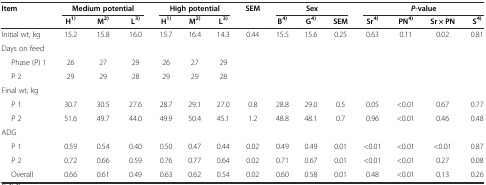
<table><thead><tr><td rowspan="2"><b>Item</b></td><td colspan="3"><b>Medium potential</b></td><td colspan="3"><b>High potential</b></td><td rowspan="2"><b>SEM</b></td><td colspan="3"><b>Sex</b></td><td colspan="4"><b><i>P</i>-value</b></td></tr><tr><td><b>H<sup>1)</sup></b></td><td><b>M<sup>2)</sup></b></td><td><b>L<sup>3)</sup></b></td><td><b>H<sup>1)</sup></b></td><td><b>M<sup>2)</sup></b></td><td><b>L<sup>3)</sup></b></td><td><b>B<sup>4)</sup></b></td><td><b>G<sup>4)</sup></b></td><td><b>SEM</b></td><td><b>Sr<sup>4)</sup></b></td><td><b>PN<sup>4)</sup></b></td><td><b>Sr × PN</b></td><td><b>S<sup>4)</sup></b></td></tr></thead><tbody><tr><td>Initial wt, kg</td><td>15.2</td><td>15.8</td><td>16.0</td><td>15.7</td><td>16.4</td><td>14.3</td><td>0.44</td><td>15.5</td><td>15.6</td><td>0.25</td><td>0.63</td><td>0.11</td><td>0.02</td><td>0.81</td></tr><tr><td>Days on feed</td><td></td><td></td><td></td><td></td><td></td><td></td><td></td><td></td><td></td><td></td><td></td><td></td><td></td><td></td></tr><tr><td>Phase (P) 1</td><td>26</td><td>27</td><td>29</td><td>26</td><td>27</td><td>29</td><td></td><td></td><td></td><td></td><td></td><td></td><td></td><td></td></tr><tr><td>P 2</td><td>29</td><td>29</td><td>28</td><td>29</td><td>29</td><td>28</td><td></td><td></td><td></td><td></td><td></td><td></td><td></td><td></td></tr><tr><td>Final wt, kg</td><td></td><td></td><td></td><td></td><td></td><td></td><td></td><td></td><td></td><td></td><td></td><td></td><td></td><td></td></tr><tr><td>P 1</td><td>30.7</td><td>30.5</td><td>27.6</td><td>28.7</td><td>29.1</td><td>27.0</td><td>0.8</td><td>28.8</td><td>29.0</td><td>0.5</td><td>0.05</td><td>&lt;0.01</td><td>0.67</td><td>0.77</td></tr><tr><td>P 2</td><td>51.6</td><td>49.7</td><td>44.0</td><td>49.9</td><td>50.4</td><td>45.1</td><td>1.2</td><td>48.8</td><td>48.1</td><td>0.7</td><td>0.96</td><td>&lt;0.01</td><td>0.46</td><td>0.48</td></tr><tr><td>ADG</td><td></td><td></td><td></td><td></td><td></td><td></td><td></td><td></td><td></td><td></td><td></td><td></td><td></td><td></td></tr><tr><td>P 1</td><td>0.59</td><td>0.54</td><td>0.40</td><td>0.50</td><td>0.47</td><td>0.44</td><td>0.02</td><td>0.49</td><td>0.49</td><td>0.01</td><td>&lt;0.01</td><td>&lt;0.01</td><td>&lt;0.01</td><td>0.87</td></tr><tr><td>P 2</td><td>0.72</td><td>0.66</td><td>0.59</td><td>0.76</td><td>0.77</td><td>0.64</td><td>0.02</td><td>0.71</td><td>0.67</td><td>0.01</td><td>&lt;0.01</td><td>&lt;0.01</td><td>0.27</td><td>0.08</td></tr><tr><td>Overall</td><td>0.66</td><td>0.61</td><td>0.49</td><td>0.63</td><td>0.62</td><td>0.54</td><td>0.02</td><td>0.60</td><td>0.58</td><td>0.01</td><td>0.48</td><td>&lt;0.01</td><td>0.13</td><td>0.26</td></tr></tbody></table>